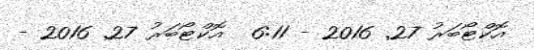
އޮކްޓޯބަރު 27